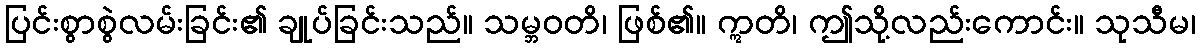
ပြင်းစွာစွဲလမ်းခြင်း၏ ချုပ်ခြင်းသည်။ သမ္ဘဝတိ၊ ဖြစ်၏။ ဣတိ၊ ဤသို့လည်းကောင်း။ သုသီမ၊